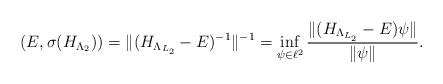
LaTeX: \begin{align*} (E,\sigma(H_{\Lambda_2})) = \Vert (H_{\Lambda_{L_2}}-E)^{-1}\Vert ^{-1}= \inf_{\psi\in\ell^2} \frac{\Vert (H_{\Lambda_{L_2}}-E)\psi\Vert }{\Vert \psi\Vert }. \end{align*}